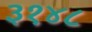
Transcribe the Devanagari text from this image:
३१४८